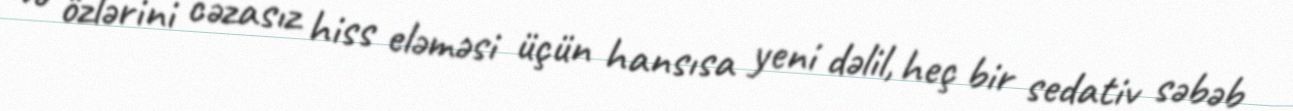
və özlərini cəzasız hiss eləməsi üçün hansısa yeni dəlil, heç bir sedativ səbəb